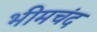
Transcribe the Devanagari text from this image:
भीमचंद